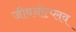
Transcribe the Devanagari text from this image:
जीवनोत्प्लव